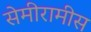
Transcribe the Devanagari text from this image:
सेमीरामीस